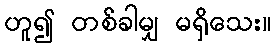
ဟူ၍ တစ်ခါမျှ မရှိသေး။